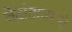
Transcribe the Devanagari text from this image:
वेदांतावरचे